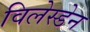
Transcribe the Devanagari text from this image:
विलेस्डेन